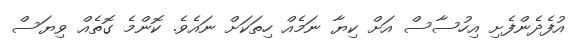
އުފެދެންފެށި އިހުސާސް އަށް ކިޔާ ނަމެއް ހިތަކަށް ނައެވެ. ކޮންމެ ގޮތެއް ވިޔަސް